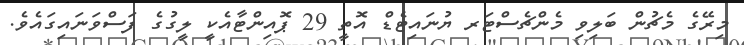
މިރޭގެ މެޗުން ބަލިވި މެންޗެސްޓަރ ޔުނައިޓެޑް އޮތީ 29 ޕޮއިންޓާއެކީ ލީގުގެ ފަސްވަނައިގައެވެ.